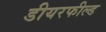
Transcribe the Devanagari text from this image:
डीयरफील्ड